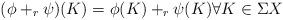
LaTeX: \begin{align*} (\phi +_r \psi)(K) = \phi(K) +_r \psi(K) \forall K\in\Sigma X \end{align*}